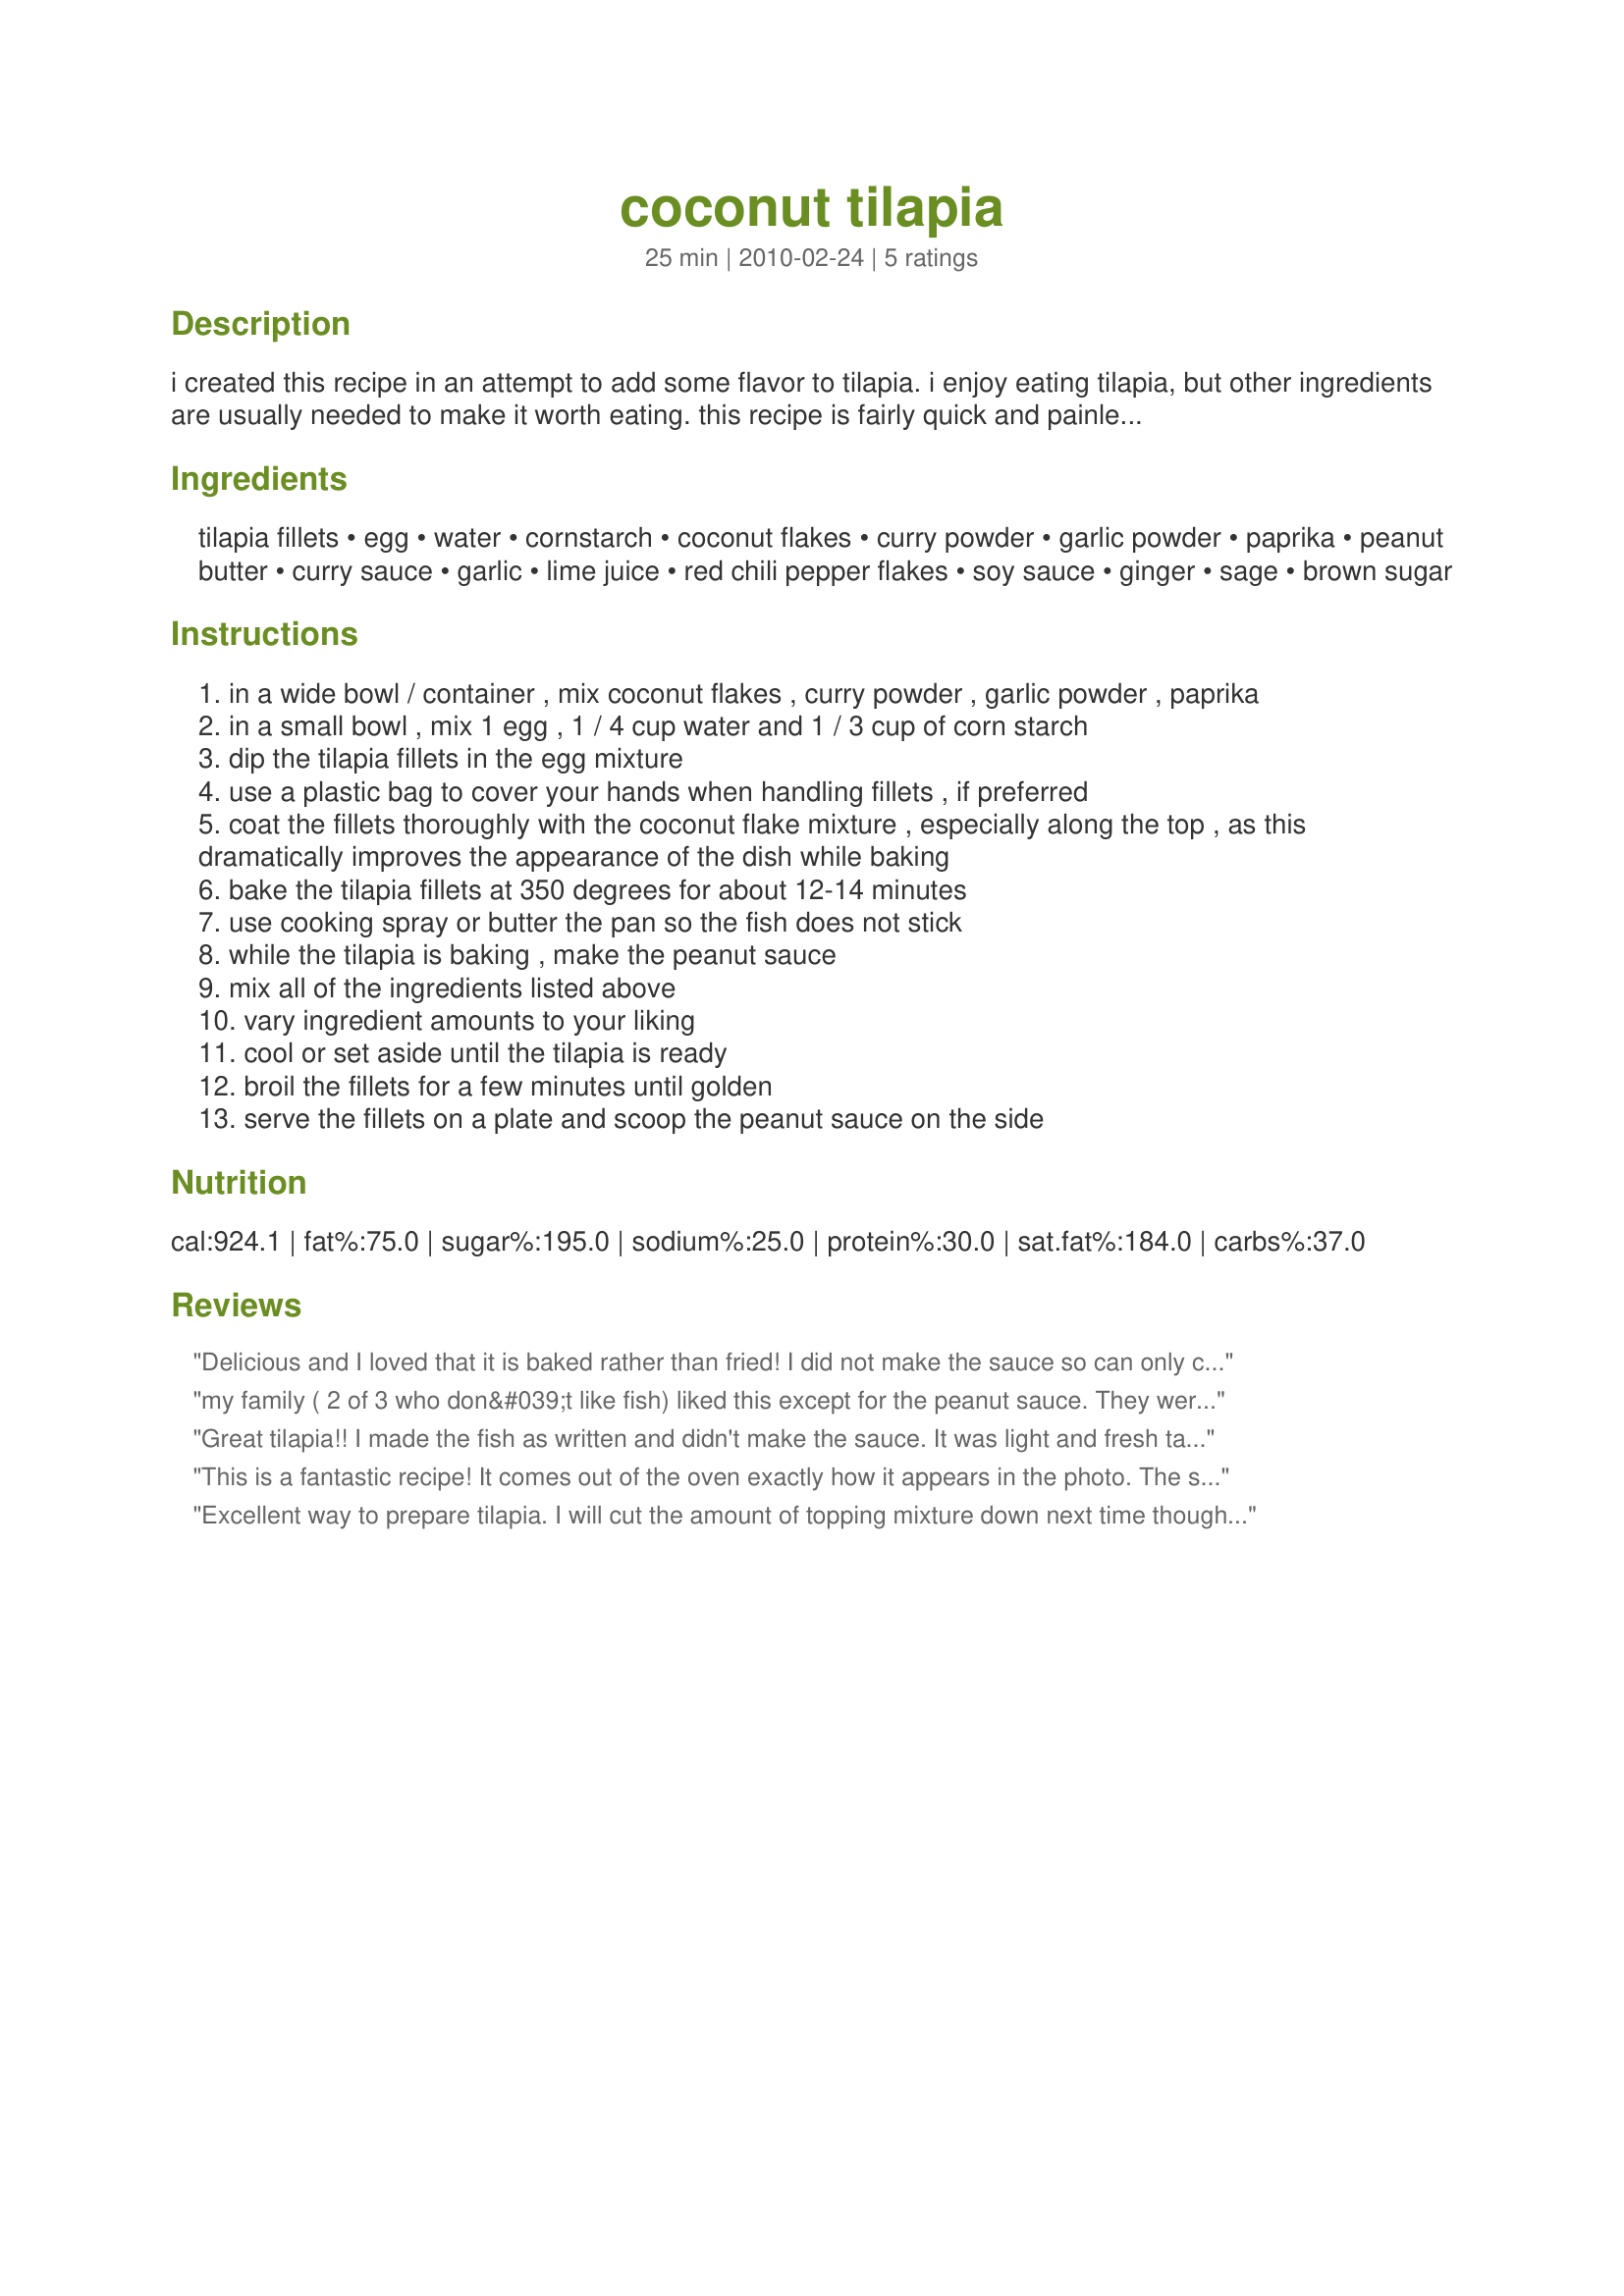
coconut tilapia
Preparation time: 25 minutes

i created this recipe in an attempt to add some flavor to tilapia. i enjoy eating tilapia, but other ingredients are usually needed to make it worth eating. this recipe is fairly quick and painless. i change some of the ingredient amounts depending on my particular cravings for that specific day.

Ingredients:
tilapia fillets, egg, water, cornstarch, coconut flakes, curry powder, garlic powder, paprika, peanut butter, curry sauce, garlic, lime juice, red chili pepper flakes, soy sauce, ginger, sage, brown sugar

Steps:
in a wide bowl / container , mix coconut flakes , curry powder , garlic powder , paprika
in a small bowl , mix 1 egg , 1 / 4 cup water and 1 / 3 cup of corn starch
dip the tilapia fillets in the egg mixture
use a plastic bag to cover your hands when handling fillets , if preferred
coat the fillets thoroughly with the coconut flake mixture , especially along the top , as this dramatically improves the appearance of the dish while baking
bake the tilapia fillets at 350 degrees for about 12-14 minutes
use cooking spray or butter the pan so the fish does not stick
while the tilapia is baking , make the peanut sauce
mix all of the ingredients listed above
vary ingredient amounts to your liking
cool or set aside until the tilapia is ready
broil the fillets for a few minutes until golden
serve the fillets on a plate and scoop the peanut sauce on the side

Reviews:
Delicious and I loved that it is baked rather than fried! I did not make the sauce so can only comment on the tilapia. The breading bakes up light, crispy, crunchy, and nicely flavored. The coconut flavor shines, but the curry notes add a nice touch. That said, the ingredient amounts are excessive as posted. I breaded six -4 oz filets and still had lots to pile on top of the fish. Next time (and there will be a next time) I will also line the pan with foil to make clean up easier. Thank you for sharing the recipe!
my family ( 2 of 3 who don&#039;t like fish) liked this except for the peanut sauce. They were not wild about that, but fortunately that was an optional topping. The fish recipe itself was well received. I will make this again , just without the peanut sauce. The fish itself was well seasoned.
Great tilapia!! I made the fish as written and didn't make the sauce. It was light and fresh tasting and the coconut crust made it taste like something you would get at a restaurant. Made for Best of 2011 Cookbook Tag.
This is a fantastic recipe! It comes out of the oven exactly how it appears in the photo. The sauce is very flavorful. I like how it is crunchy, soft and combined with the smooth peanut sauce.
Excellent way to prepare tilapia. I will cut the amount of topping mixture down next time though, as it was too much for 2 filets the size that I used. The sauce really set this off perfectly. I also like that it is baked, not fried.
